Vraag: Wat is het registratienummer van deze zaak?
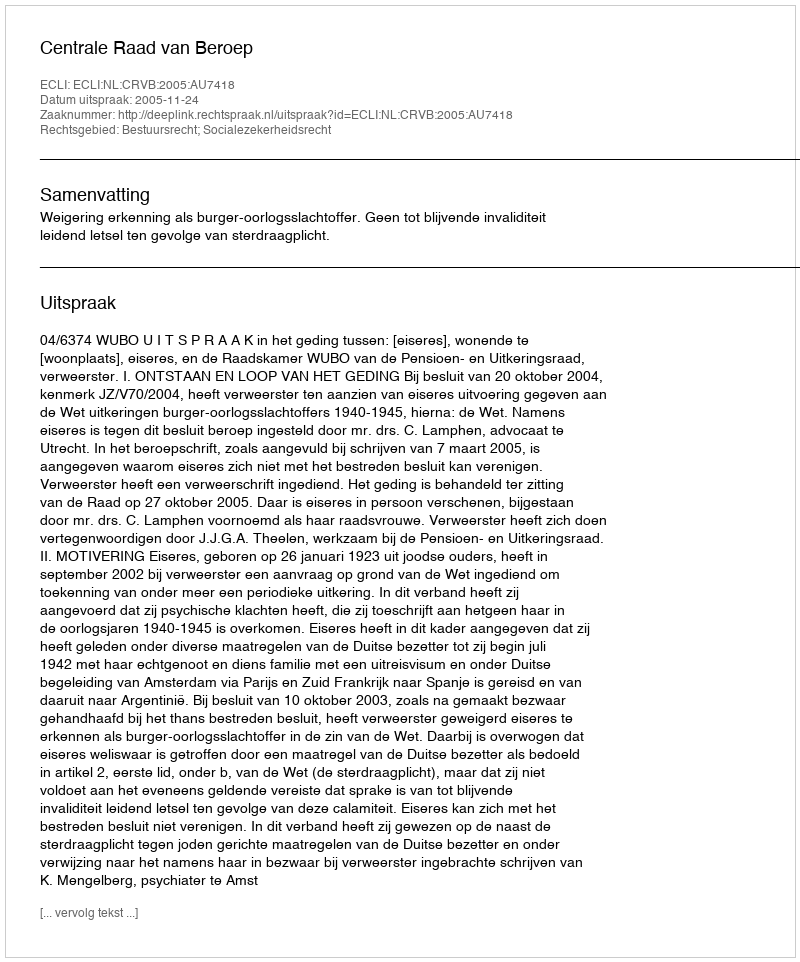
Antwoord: http://deeplink.rechtspraak.nl/uitspraak?id=ECLI:NL:CRVB:2005:AU7418